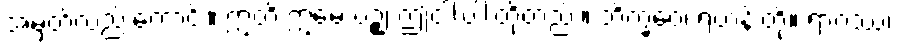
အမှတ်လည်းကောင်း။ ဣတိ ဣမေ ပဉ္စ၊ ဤငါးပါးတို့တည်း။ ဘိက္ခဝေ၊ ရဟန်းတို့။ ရာဂဿ၊